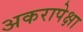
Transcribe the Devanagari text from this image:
अकरापेक्षा